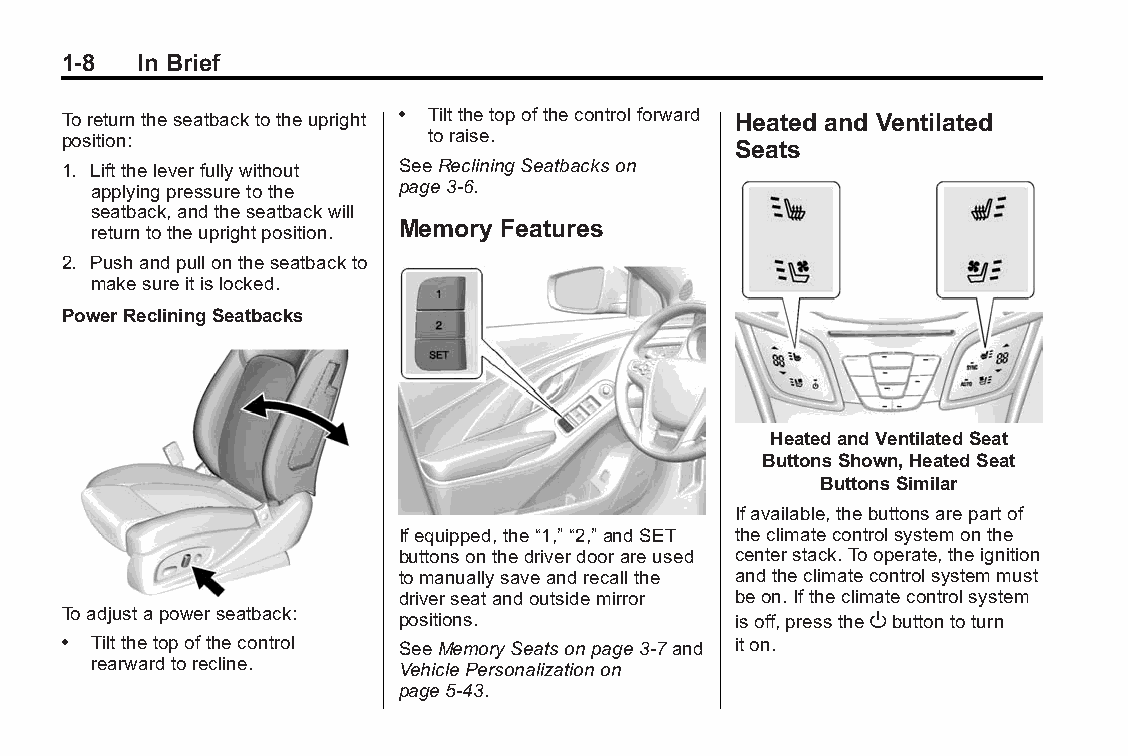
Buick LaCrosse Owner Manual (GMNA-Localizing-U.S./Canada/Mexico- Blackplate(8,1)
 6043609)-2014-2ndEdition-10/17/13
 1-8  In Brief
 Toreturntheseatbacktotheupright . Tiltthetopofthecontrolforward Heated and Ventilated
 position:               toraise.
 Seats
 1. Lifttheleverfullywithout SeeRecliningSeatbackson
 applyingpressuretothe page3-6.
 seatback,andtheseatbackwill
 Memory Features
 returntotheuprightposition.
 2. Pushandpullontheseatbackto
 makesureitislocked.
 PowerRecliningSeatbacks
 HeatedandVentilatedSeat
 ButtonsShown,HeatedSeat
 ButtonsSimilar
 Ifavailable,thebuttonsarepartof
 Ifequipped,the“1,”“2,” andSET theclimatecontrolsystemonthe
 buttonsonthedriverdoorareused centerstack.Tooperate,theignition
 tomanuallysaveandrecallthe andtheclimatecontrolsystemmust
 driverseatandoutsidemirror beon.Iftheclimatecontrolsystem
 Toadjustapowerseatback: positions.          isoff,presstheObuttontoturn
 . Tiltthetopofthecontrol SeeMemorySeatsonpage3-7and iton.
 rearwardtorecline.  VehiclePersonalizationon
 page5-43.